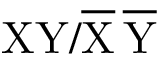
\mathrm { { X Y / \overline { { X } } \, \overline { { Y } } } }